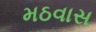
મઠવાસ